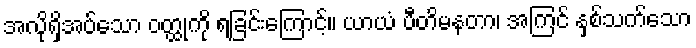
အလိုရှိအပ်သော ဝတ္ထုကို ရခြင်းကြောင့်။ ယာယံ ပီတိမနတာ၊ အကြင် နှစ်သက်သော